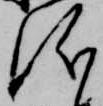
儀